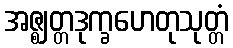
အဇ္ဈတ္တဒုက္ခဟေတုသုတ္တံ